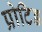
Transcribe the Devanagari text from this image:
प्रोटिड